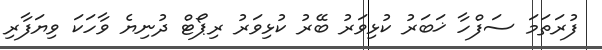
ފުރަތަމަ ސަފްހާ ޚަބަރު ކުޅިވަރު ބޭރު ކުޅިވަރު ރިޕޯޓް ދުނިޔެ ވާހަކަ ވިޔަފާރި